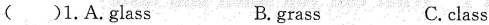
( )1.A.glass B.grass C.class